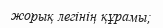
жорық легінің құрамы;